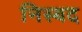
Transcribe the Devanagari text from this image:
निस्यद